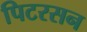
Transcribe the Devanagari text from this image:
पिटरसन